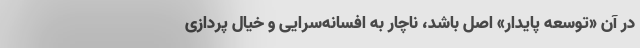
در آن «توسعه پایدار» اصل باشد، ناچار به افسانه‌سرایی و خیال پردازی